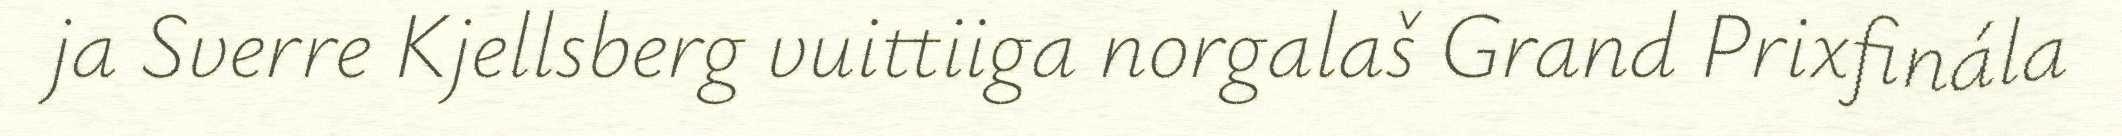
ja Sverre Kjellsberg vuittiiga norgalaš Grand Prixfinála